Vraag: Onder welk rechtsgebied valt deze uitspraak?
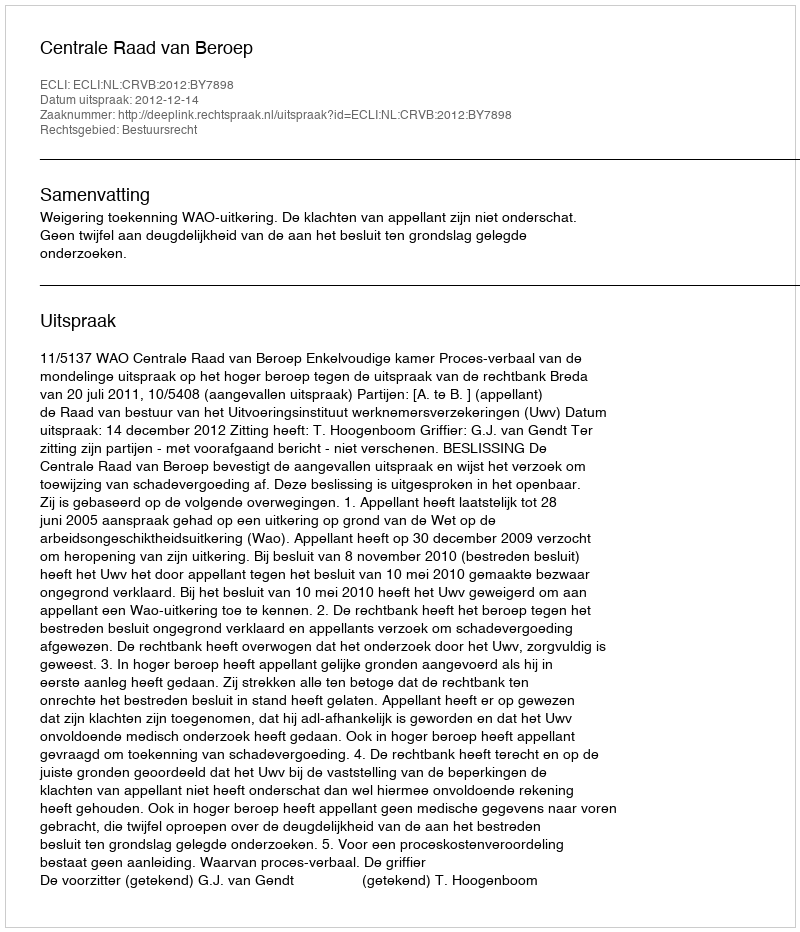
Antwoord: Bestuursrecht